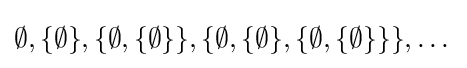
\emptyset ,\{\emptyset \},\{\emptyset ,\{\emptyset \}\},\{\emptyset ,\{\emptyset \},\{\emptyset ,\{\emptyset \}\}\},\dots